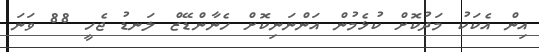
އިން އެކަކު މަދުކޮށް ކުޅެމުން އަންނަނިކޮށް ހެނާންޑޭޒް ލަނޑު ޖެހީ 88 ވަނަ